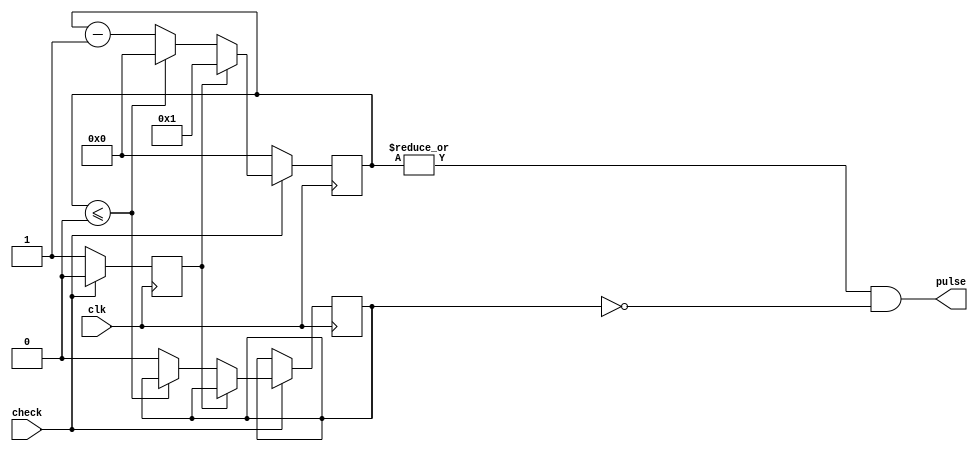
/*
 * @Author: Pabin <pabin_pluto@foxmail.com>
 * @Date: 2023-03-24 10:50:15
 * @LastEditors: Pabin <pabin_pluto@foxmail.com>
 * @LastEditTime: 2023-03-24 10:51:27
 * @FilePath: \Pabin_module\ab_itpl\ab_itpl.v
 * @Description: 
 * Generate initial pulse with adjustable width.
 * Copyright (c) 2023 by Pabin, All Rights Reserved. 
 */

module ab_itpl 
#(
    parameter KEEP=1
)(
    input clk,          //
    input check,        //
    output reg pulse    //
);
reg lock=0;//
reg [6:0]out_ctr;//127
reg en; //
always@(*)  pulse = (|out_ctr)&&(~lock);    //lock

always@(posedge clk )                           //
    begin
        if(!check)                              //check
                begin
                    out_ctr =0;
                    en = 1;                     //check;
                end
        else                                    //
            begin
                if(en)                          //check
                    begin
                        en<=0;                  //
                        if(KEEP==0)
                        begin
                            out_ctr = 1;        //
                        end
                        else
                            out_ctr <= KEEP;    //check
                    end
                else if(out_ctr<=0)
                    begin
                        out_ctr<=0;             //
                    end
                else
                    begin
                        if(KEEP==0)    lock = 1;//lock
                        else        lock = 0;
                        out_ctr <= out_ctr-1;   //pulse
                    end
            end
end
endmodule